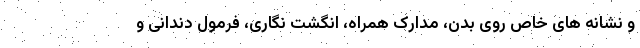
و نشانه های خاص روی بدن، مدارک همراه، انگشت نگاری، فرمول دندانی و